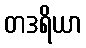
တဒရိယာ